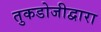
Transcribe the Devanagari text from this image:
तुकडोजीद्वारा